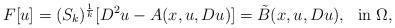
LaTeX: \begin{align*} F[u]=(S_k)^{\frac{1}{k}}[D^2u-A(x,u,Du)]=\tilde B(x,u,Du), \ \ {\rm in}\ \Omega, \end{align*}